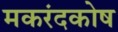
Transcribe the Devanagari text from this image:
मकरंदकोष